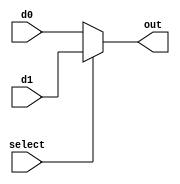
`timescale 1ns / 1ps
//////////////////////////////////////////////////////////////////////////////////
// Company: 
// Engineer: 
// 
// Design Name: 
// Module Name: mux_2to1
// Project Name: 
// Target Devices: 
// Tool Versions: 
// Description: 
// 
// Dependencies: 
// 
// Revision:
// Revision 0.01 - File Created
// Additional Comments:
// 
//////////////////////////////////////////////////////////////////////////////////

// selectout
module mux_2to1(
    input [1:0] d0,
    input [1:0] d1,
    input select,
    output reg [1:0] out
);

// select1d1select0d0
always @(select or d0 or d1)
begin
    if (select)
        out = d1;
    else
        out = d0;
end

endmodule